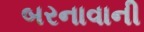
બરનાવાની